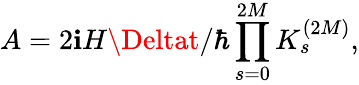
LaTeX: A=2\mathbf{i}H\Deltat/\hbar\prod_{s=0}^{2M}K_{s}^{(2M)},